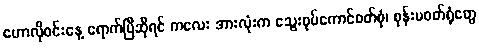
ဟောလိုဝင်းနေ့ ရောက်ပြီဆိုရင် ကလေး အားလုံးက သွေးစုပ်ကောင်ဝတ်စုံ၊ စုန်းမဝတ်ရုံတွေ